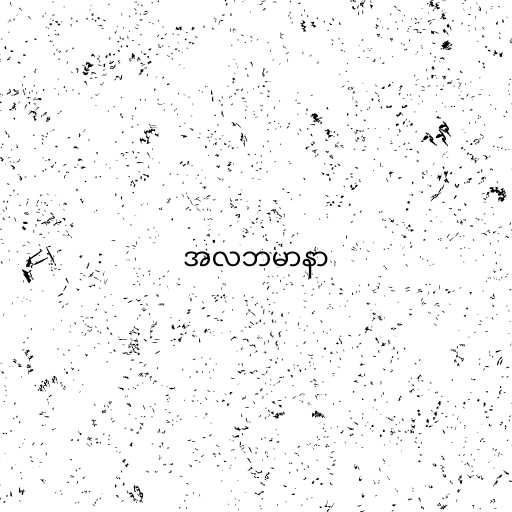
အလဘမာနာ